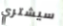
سيشتري